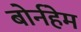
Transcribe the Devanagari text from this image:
बोर्नहेम